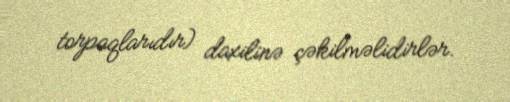
torpaqlarıdır) daxilinə çəkilməlidirlər.